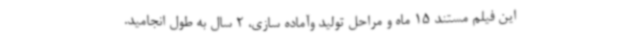
این فیلم مستند 15 ماه و مراحل تولید وآماده سازی، 2 سال به طول انجامید.